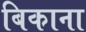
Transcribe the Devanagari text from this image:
बिकाना